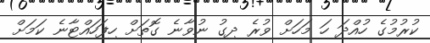
ކުރުމުގެ ހުއްދަ ހަ މަހަށް ވުރެ ދިގު ނުވާނެ ގޮތަށްް ހިފަހައްޓާނެ ކަމަށް